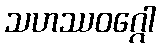
သဟဿဝဂ္ဂေါ